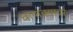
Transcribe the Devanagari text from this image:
चाणक्यावर